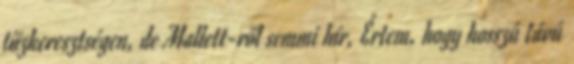
tűzkeresztségen, de Mallett-ről semmi hír, Értem, hogy hosszú távú